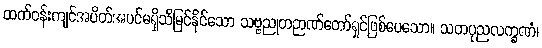
ထက်ဝန်းကျင်အပိတ်အပင်မရှိသိမြင်နိုင်သော သဗ္ဗညုတဉာဏ်တော်ရှင်ဖြစ်ပေသော။ သတပုညလက္ခဏံ၊